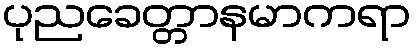
ပုညခေတ္တာနမာကရာ